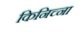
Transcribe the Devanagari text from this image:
किनिच्ना